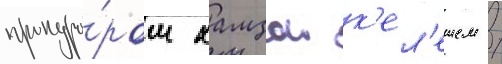
прокуро́ром хамзои к'ел'ешем /